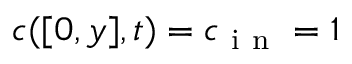
c ( [ 0 , y ] , t ) = c _ { \mathrm { ~ i ~ n ~ } } = 1